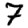
Digit: 7